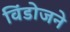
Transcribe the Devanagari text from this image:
विंडोजने